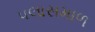
પલાસમાળ